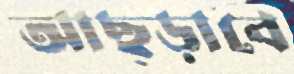
আছ্‌ড়াবে